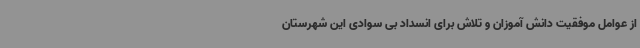
از عوامل موفقیت دانش آموزان و تلاش برای انسداد بی سوادی این شهرستان